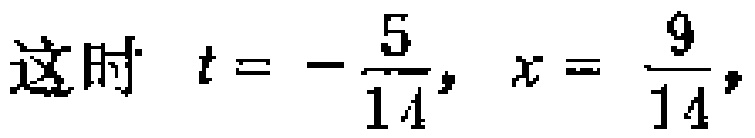
这时 \(t = -\frac{5}{14}, x = \frac{9}{14},\)